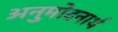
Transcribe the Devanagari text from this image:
अनुमोदनार्थ